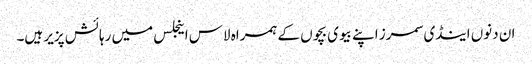
ان دنوں اینڈی سمرز اپنے بیوی بچوں کے ہمراہ لاس اینجلس میں رہائش پزیر ہیں۔